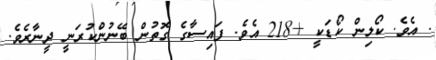
. އެވެ. ކޯލިން ކޯޑަކީ +218 އެވެ. ފައިސާގެ ގޮތުން ބޭނުންކުރަނީ ދީނާރެވެ.